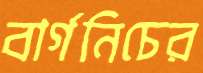
বার্গনিচের